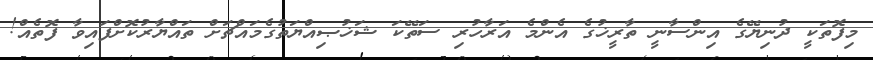
މިފޮތަކީ ދުނިޔޭގެ އިންސާނީ ތާރީޚުގެ އެންމެ އަރާހުރި ސަތޭކަ ޝަޚުޞިއްޔަތުގެމައްޗަށް ތައްޔާރުކޮށްފައިވާ ފޮތެއް!